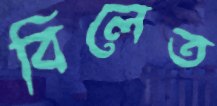
বিলেত